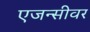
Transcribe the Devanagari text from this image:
एजन्सीवर